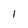
Character: I